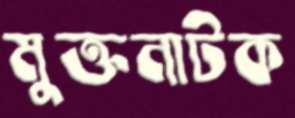
মুক্তনাটক